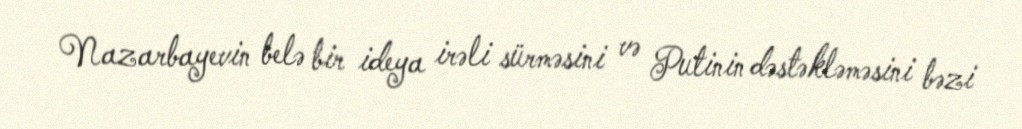
Nazarbayevin belə bir ideya irəli sürməsini və Putinin dəstəkləməsini bəzi